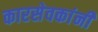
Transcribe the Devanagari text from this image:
कारसेवकांनी